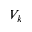
V _ { k }